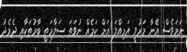
ނަމަވެސް އޭނާ މަރުވީ އަމިއްލަ އަށް ކަމެއް ނުވަތަ ސަލާމަތީ ބާރުތަކާއި ދެމެދު